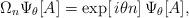
LaTeX: \begin{align*}\Omega_n\Psi_\theta[A]=\exp [\, i\theta n ]\,\Psi_\theta[A],\end{align*}